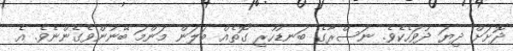
ދޮށަށް ދިޔަ ދުވަހެކެވެ. ނަސްރާގެ ބަނޑުހުރި ގޮތެއް ބަލަން މަންމަ ބޭނުންވެގެންނެވެ. އެ